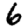
Digit: 6